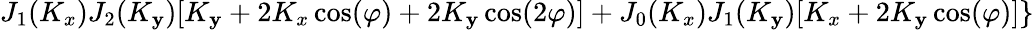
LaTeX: J_{1}(K_{x})J_{2}(K_{\mathbf{y}})[K_{\mathbf{y}}+2K_{x}\cos(\varphi)+2K_{\mathbf{y}}\cos(2\varphi)]+J_{0}(K_{x})J_{1}(K_{\mathbf{y}})[K_{x}+2K_{\mathbf{y}}\cos(\varphi)]\}